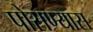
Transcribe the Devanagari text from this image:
पोसण्यास